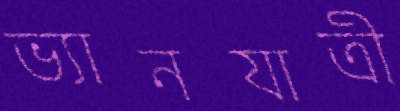
ভ্যানযাত্রী